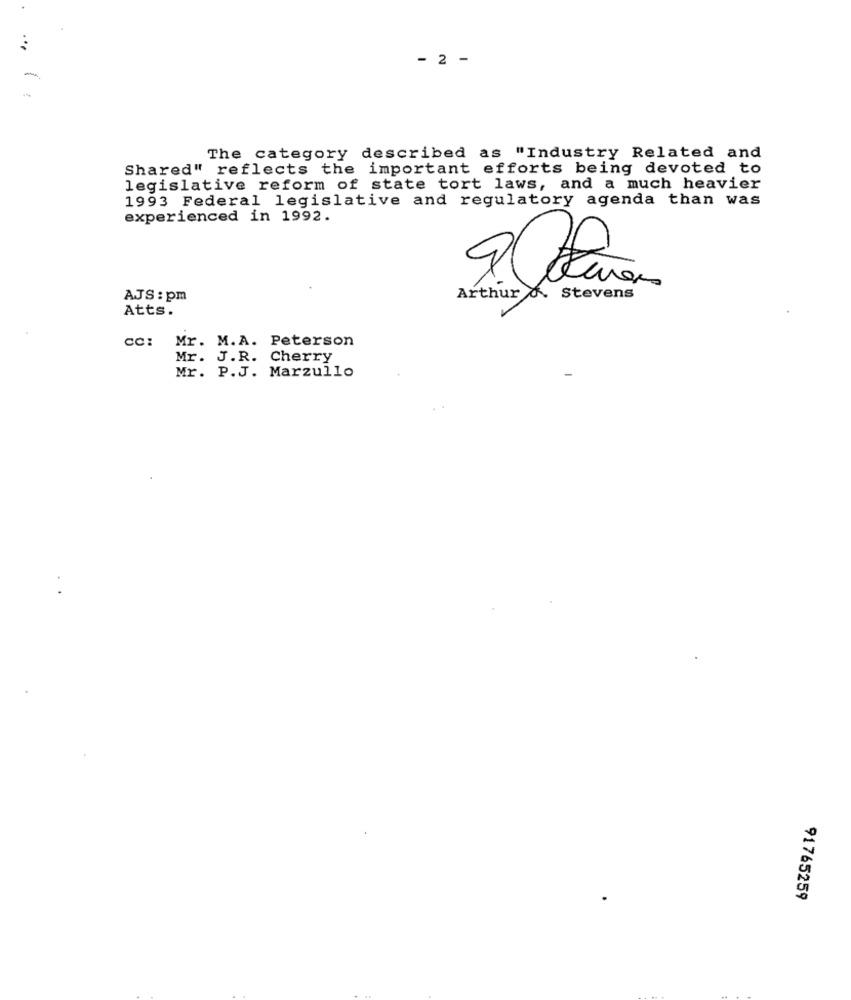
- 2 -
The category described as "Industry Related and
Shared" reflects the important efforts being devoted to
legislative reform of state tort laws, and a much heavier
1993 Federal legislative and regulatory agenda than was
experienced in 1992.
N
AJS : pm
Arthur 6. Stevens
Atts.
cc: Mr. M.A. Peterson
Mr. J.R. Cherry
Mr. P.J. Marzullo
91765259